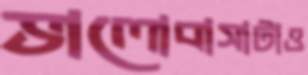
ভালোবাসাটাও